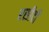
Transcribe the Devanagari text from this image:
रसीदी